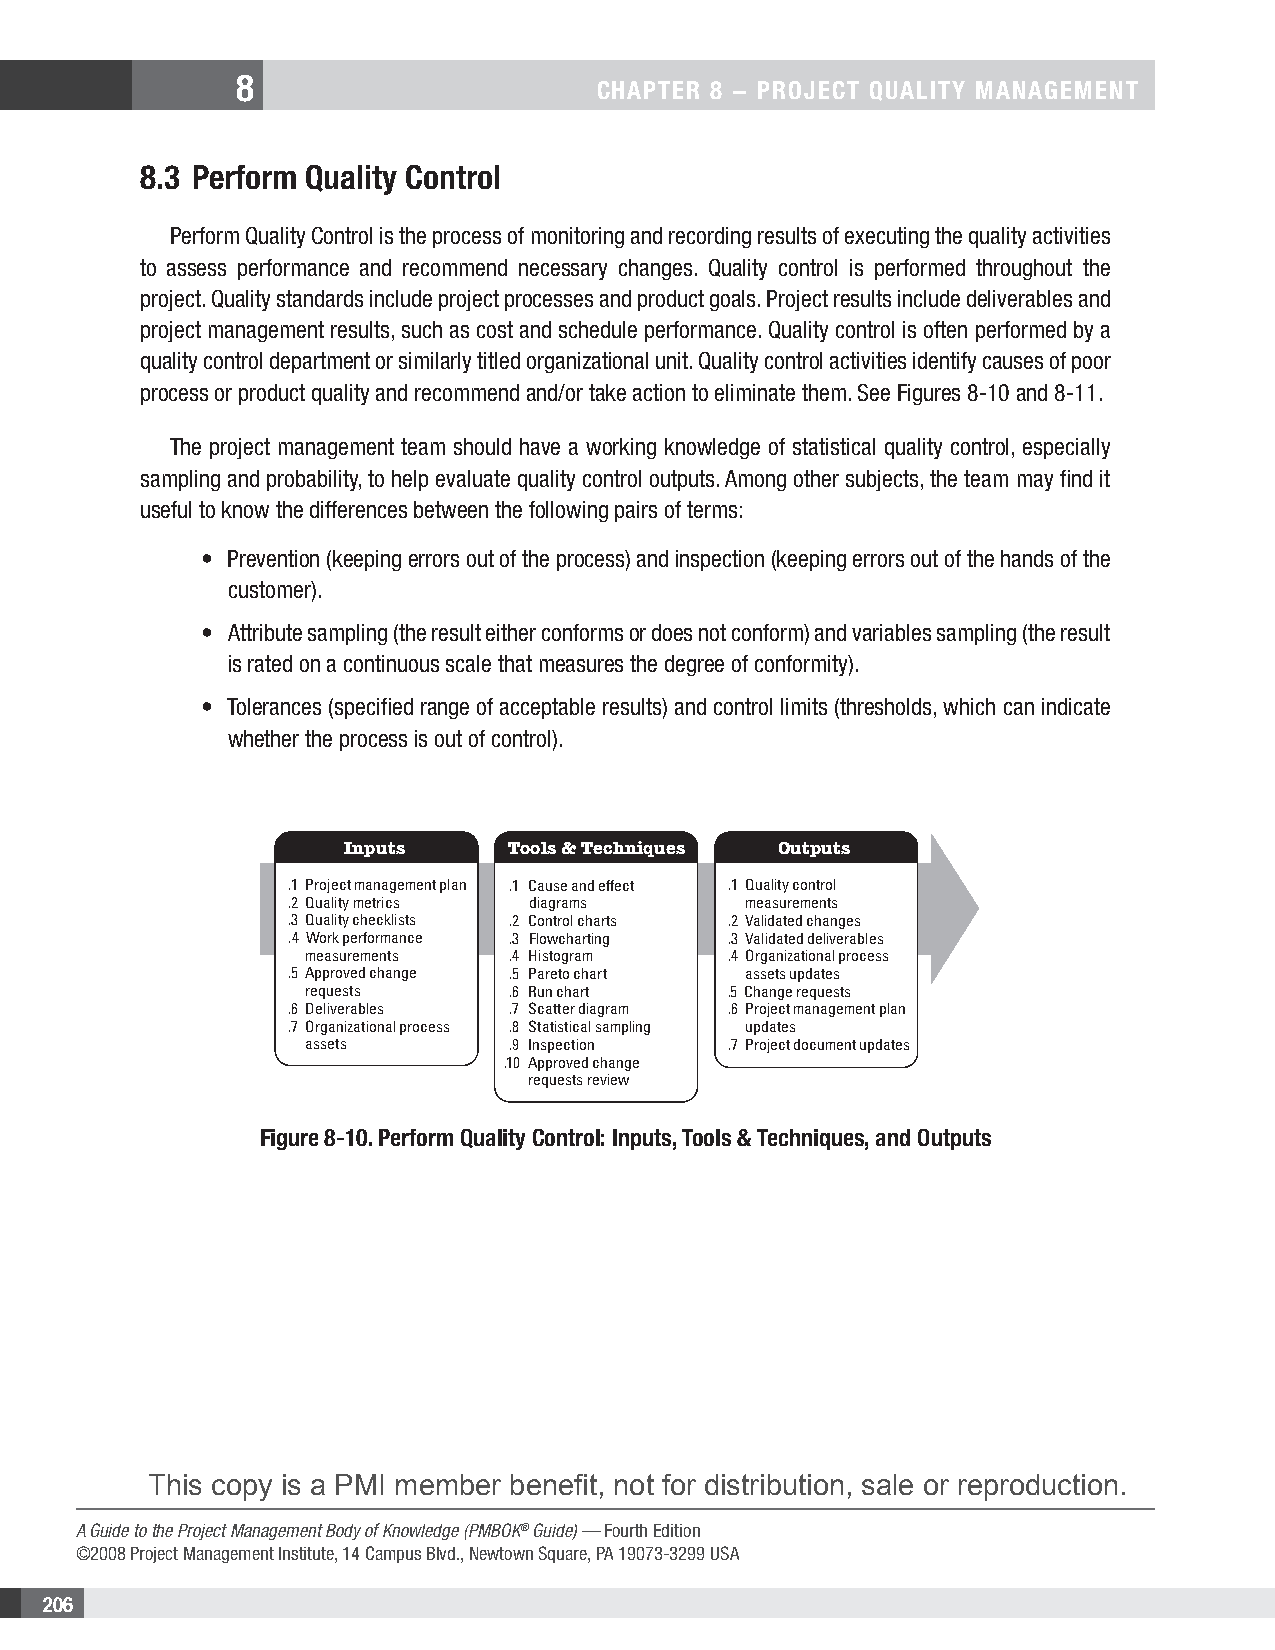
8
 CHAPTER 8 − PRojECT QuAliTy MAnAgEMEnT
 8.3 Perform Quality Control
 Perform Quality Control is the process of monitoring and recording results of executing the quality activities
 to assess performance and recommend necessary changes. Quality control is performed throughout the
 project. Quality standards include project processes and product goals. Project results include deliverables and
 project management results, such as cost and schedule performance. Quality control is often performed by a
 quality control department or similarly titled organizational unit. Quality control activities identify causes of poor
 process or product quality and recommend and/or take action to eliminate them. See Figures 8-10 and 8-11.
 The project management team should have a working knowledge of statistical quality control, especially
 sampling and probability, to help evaluate quality control outputs. Among other subjects, the team may find it
 useful to know the differences between the following pairs of terms:
 • Prevention (keeping errors out of the process) and inspection (keeping errors out of the hands of the
 customer).
 • Attribute sampling (the result either conforms or does not conform) and variables sampling (the result
 is rated on a continuous scale that measures the degree of conformity).
 • Tolerances (specified range of acceptable results) and control limits (thresholds, which can indicate
 whether the process is out of control).
 Inputs     Tools & Techniques Outputs
 .1 Project management plan .1 Cause and effect .1 Quality control
 .2 Quality metrics diagrams    measurements
 .3 Quality checklists .2 Control charts .2 Validated changes
 .4 Work performance .3 Flowcharting .3 Validated deliverables
 measurements  .4 Histogram  .4 Organizational process
 .5 Approved change .5 Pareto chart assets updates
 requests      .6 Run chart  .5 Change requests
 .6 Deliverables .7 Scatter diagram .6 Project management plan
 .7 Organizational process .8 Statistical sampling updates
 assets        .9 Inspection .7 Project document updates
 .10 Approved change
 requests review
 Figure 8-10. Perform Quality Control: inputs, Tools & Techniques, and outputs
 This copy is a PMI member benefit, not for distribution, sale or reproduction.
 A Guide to the Project Management Body of Knowledge (PMBOK® Guide) — Fourth Edition
 ©2008 Project Management Institute, 14 Campus Blvd., Newtown Square, PA 19073-3299 USA
 206